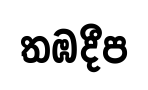
තඹදීප